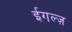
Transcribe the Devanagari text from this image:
ईगल्ज़